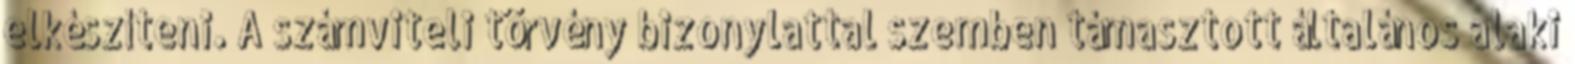
elkészíteni. A számviteli törvény bizonylattal szemben támasztott általános alaki